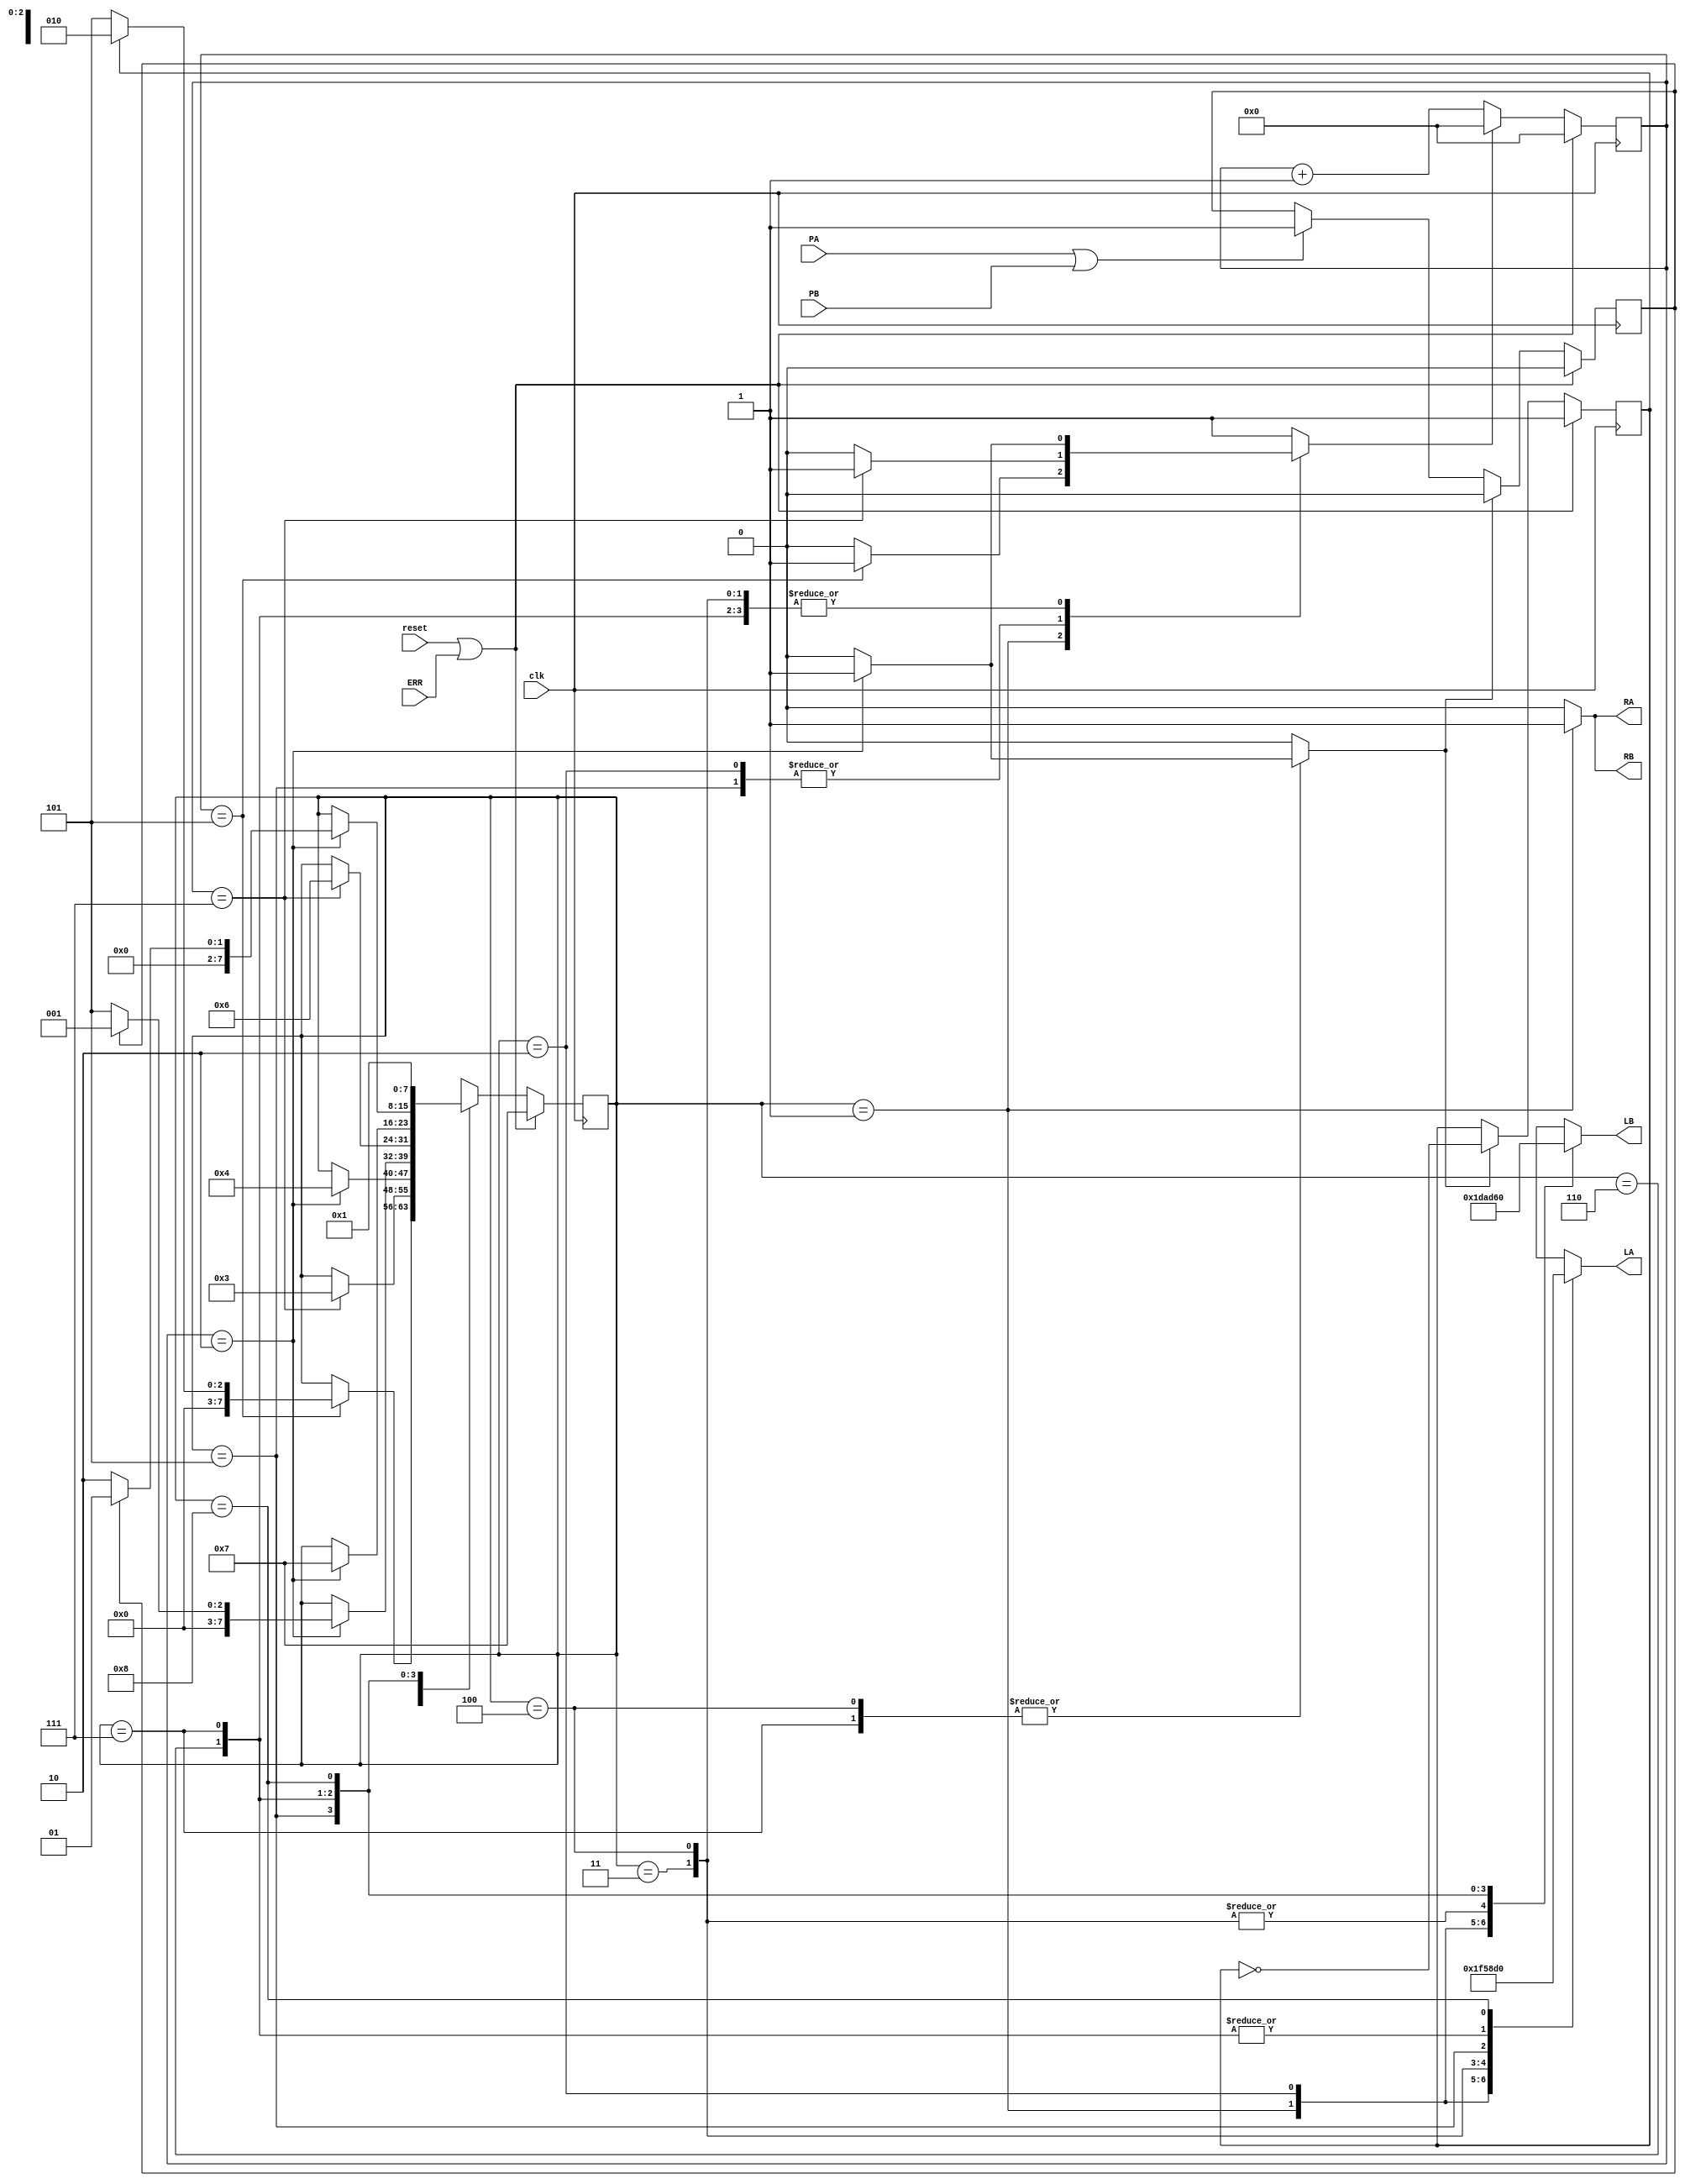
// traffic
//

module traffic_control_1hot(
	input clk, reset, ERR, PA, PB,
	output reg [2:0] LA, LB,
	output RA, RB
	);

	reg [3:0] timer;
	reg [7:0] ps, ns;
	reg RX;
	reg walk, ab_cycle, switch_cycle; // ab_cycle: 0 is green A, 1 is green B
	reg reset_timer;

	assign RA = RX;
	assign RB = RX;

	always @(*) begin
		RX = 1'b0;
		ns = ps;
		switch_cycle = 0;
		reset_timer = 0;

		case(ps)
			8'h01: begin
				LA = 3'b111;
				LB = 3'b111;
				RX = 1'b1;
				if (timer == 'h5) begin
					if (ab_cycle)
						ns = 'h2;
					else
						ns = 'h5;
					reset_timer = 1;	
				end
			end
			8'h02: begin
				LA = 3'b110;
				LB = 3'b011;
				if (timer == 'h7) begin
					ns = 'h3;
					reset_timer = 1;
				end
			end
			8'h03: begin
				LA = 3'b101;
				LB = 3'b010;
				if (timer == 'h2) begin
					ns = 'h4;
					reset_timer = 1;
				end
			end
			8'h04: begin
				LA = 3'b100;
				LB = 3'b010;
				if (timer == 'h2) begin
					reset_timer = 1;
					switch_cycle = 1;
					if (walk)
						ns = 'h1;
					else
						ns = 'h5;
				end
			end
			8'h05: begin
				LA = 3'b011;
				LB = 3'b110;
				if (timer == 'h7) begin
					reset_timer = 1;
					ns = 'h6;
				end
			end
			8'h06: begin
				LA = 3'b010;
				LB = 3'b101;
				if (timer == 'h2) begin
					reset_timer = 1;
					ns = 'h7;
				end
			end
			8'h07: begin
				LA = 3'b010;
				LB = 3'b100;
				if (timer == 'h2) begin
					reset_timer = 1;
					switch_cycle = 1;
					if (walk)
						ns = 'h1;
					else
						ns = 'h2;
				end
			end
			8'h08: begin
				LA = 3'b000;
				LB = 3'b000;
				ns = 'h1;
				reset_timer = 1;
			end
			default: begin
				LA = 'hX;
				LB = 'hX;
				ns = 'hX;
				reset_timer = 1;
			end
		endcase
	end

	always @(posedge clk) begin
		if (PA || PB)
			walk <= 1;

		if (reset || ERR) begin
			ps <= 3'h7;
			ab_cycle <= 1;
			walk <= 0;
			timer <= 0;
		end else begin
			ps <= ns;
			if (switch_cycle) begin
				walk <= 0;
				ab_cycle <= ~ab_cycle;
			end

			if (reset_timer)
				timer <= 0;
			else
				timer <= timer + 'b1;
		end
	end
endmodule